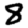
Digit: 8